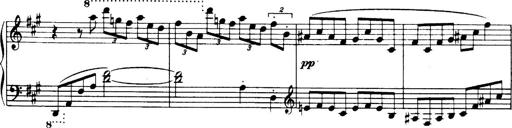
Title: 3 Sonatinas, Op.67
Composer: Jean Sibelius